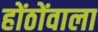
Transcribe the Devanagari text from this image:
होंठोंवाला